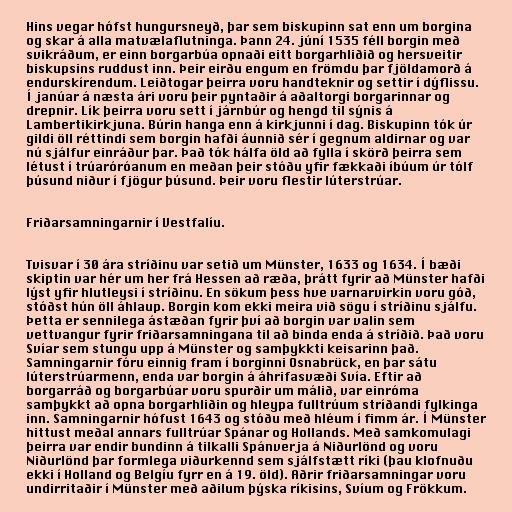
Hins vegar hófst hungursneyð, þar sem biskupinn sat enn um borgina
og skar á alla matvælaflutninga. Þann 24. júní 1535 féll borgin með
svikráðum, er einn borgarbúa opnaði eitt borgarhliðið og hersveitir
biskupsins ruddust inn. Þeir eirðu engum en frömdu þar fjöldamorð á
endurskírendum. Leiðtogar þeirra voru handteknir og settir í dýflissu.
Í janúar á næsta ári voru þeir pyntaðir á aðaltorgi borgarinnar og
drepnir. Lík þeirra voru sett í járnbúr og hengd til sýnis á
Lambertikirkjuna. Búrin hanga enn á kirkjunni í dag. Biskupinn tók úr
gildi öll réttindi sem borgin hafði áunnið sér í gegnum aldirnar og var
nú sjálfur einráður þar. Það tók hálfa öld að fylla í skörð þeirra sem
létust í trúaróróanum en meðan þeir stóðu yfir fækkaði íbúum úr tólf
þúsund niður í fjögur þúsund. Þeir voru flestir lúterstrúar.

Friðarsamningarnir í Vestfalíu.

Tvisvar í 30 ára stríðinu var setið um Münster, 1633 og 1634. Í bæði
skiptin var hér um her frá Hessen að ræða, þrátt fyrir að Münster hafði
lýst yfir hlutleysi í stríðinu. En sökum þess hve varnarvirkin voru góð,
stóðst hún öll áhlaup. Borgin kom ekki meira við sögu í stríðinu sjálfu.
Þetta er sennilega ástæðan fyrir því að borgin var valin sem
vettvangur fyrir friðarsamningana til að binda enda á stríðið. Það voru
Svíar sem stungu upp á Münster og samþykkti keisarinn það.
Samningarnir fóru einnig fram í borginni Osnabrück, en þar sátu
lúterstrúarmenn, enda var borgin á áhrifasvæði Svía. Eftir að
borgarráð og borgarbúar voru spurðir um málið, var einróma
samþykkt að opna borgarhliðin og hleypa fulltrúum stríðandi fylkinga
inn. Samningarnir hófust 1643 og stóðu með hléum í fimm ár. Í Münster
hittust meðal annars fulltrúar Spánar og Hollands. Með samkomulagi
þeirra var endir bundinn á tilkalli Spánverja á Niðurlönd og voru
Niðurlönd þar formlega viðurkennd sem sjálfstætt ríki (þau klofnuðu
ekki í Holland og Belgíu fyrr en á 19. öld). Aðrir friðarsamningar voru
undirritaðir í Münster með aðilum þýska ríkisins, Svíum og Frökkum.